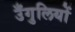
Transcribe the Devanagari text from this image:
उँगुलियों